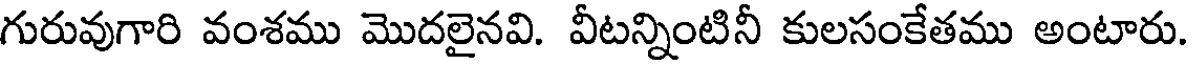
గురువుగారి వంశము మొదలైనవి. వీటన్నింటినీ కులసంకేతము అంటారు.